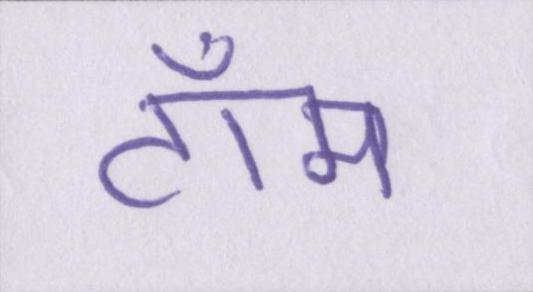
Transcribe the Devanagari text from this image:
टॉम